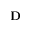
\mathbf { D }